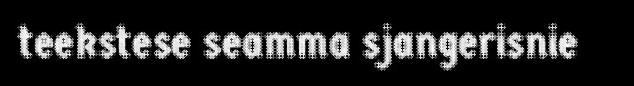
teekstese seamma sjangerisnie